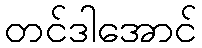
တင်ဒါအောင်